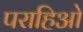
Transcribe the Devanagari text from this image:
पराहिओ